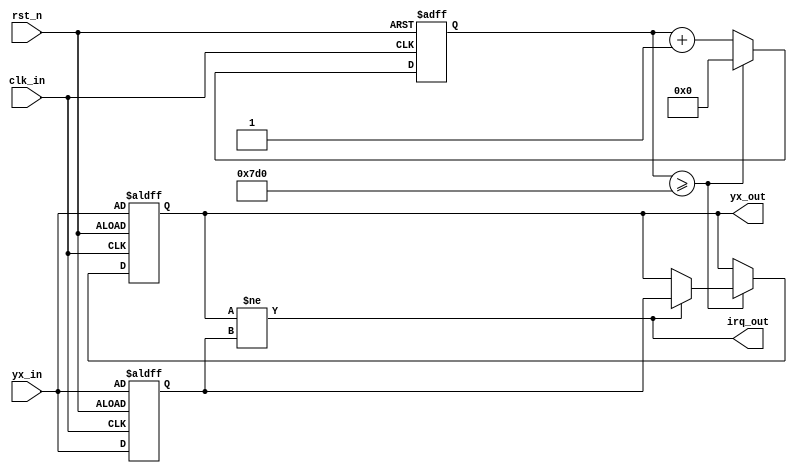
module yx_judge
(
clk_in, rst_n, yx_in, yx_out, irq_out
);

`define YX_WIDTH	4

input clk_in;		//clock must be 1MHz
input rst_n;
input [`YX_WIDTH - 1:0] yx_in;
output [`YX_WIDTH - 1:0] yx_out;
output irq_out;

//---------------------------------------------------------------------------------------------------------------------------------
//	Input clock is 1MHz, and devided to 2MS YX judge clock
//---------------------------------------------------------------------------------------------------------------------------------
`define YX_CLK_SUM	2000
`define YX_CLK_WIDTH	11
reg [`YX_CLK_WIDTH - 1:0] yx_clk;
wire yx_clk_enable;

always @(posedge clk_in or negedge rst_n)
begin
	if(!rst_n)                      yx_clk <= `YX_CLK_WIDTH'b0;
	else if(yx_clk >= `YX_CLK_SUM)  yx_clk <= `YX_CLK_WIDTH'b0;
	else                            yx_clk <= yx_clk + `YX_CLK_WIDTH'b1;
end

assign yx_clk_enable = (yx_clk >= `YX_CLK_SUM);

//---------------------------------------------------------------------------------------------------------------------------------
//	judge current state, next state
//---------------------------------------------------------------------------------------------------------------------------------
reg [`YX_WIDTH - 1:0] dio_in_curr;
reg [`YX_WIDTH - 1:0] dio_in_next;
wire yx_change;

always @(posedge clk_in or negedge rst_n)
begin
	if(!rst_n)  dio_in_curr <= yx_in;
	else        dio_in_curr <= yx_in;
end

always @(posedge clk_in or negedge rst_n)
begin
	if(!rst_n)                              dio_in_next <= yx_in;
	else if(yx_clk_enable) begin
		if(dio_in_next != dio_in_curr)  dio_in_next <= dio_in_curr;
	end
end

assign yx_change = (dio_in_next != dio_in_curr);


assign yx_out  = dio_in_next;
assign irq_out = yx_change;


endmodule